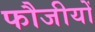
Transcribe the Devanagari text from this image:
फौजीयों